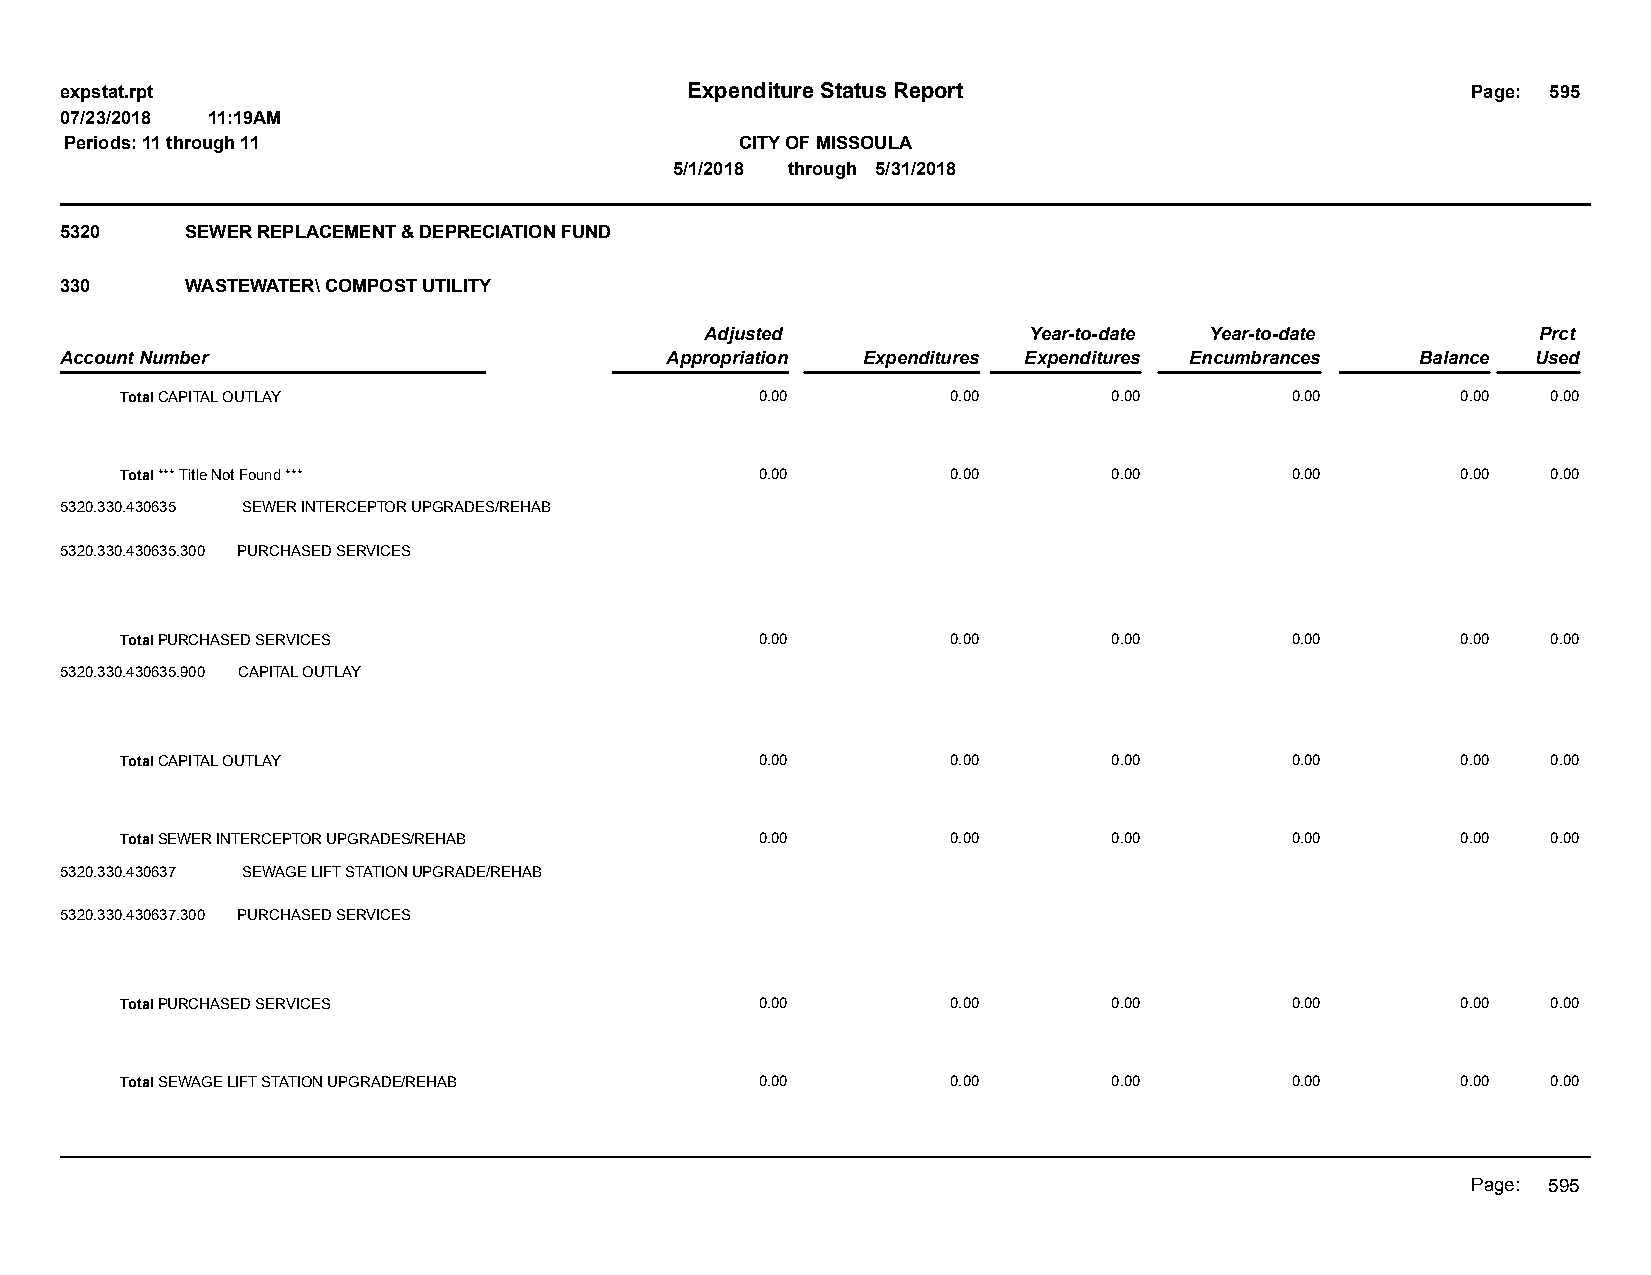
expstat.rpt                              Expenditure Status Report                           Page: 595
 07/23/2018 11:19AM
 Periods: 11 through 11                       CITY OF MISSOULA
 5/1/2018 through 5/31/2018
 5320    SEWER REPLACEMENT & DEPRECIATION FUND
 330     WASTEWATER\ COMPOST UTILITY
 Adjusted             Year-to-date Year-to-date         Prct
 Account Number                          Appropriation Expenditures Expenditures Encumbrances Balance Used
 Total CAPITAL OUTLAY                      0.00         0.00       0.00       0.00        0.00  0.00
 Total *** Title Not Found ***             0.00         0.00       0.00       0.00        0.00  0.00
 5320.330.430635 SEWER INTERCEPTOR UPGRADES/REHAB
 5320.330.430635.300 PURCHASED SERVICES
 Total PURCHASED SERVICES                  0.00         0.00       0.00       0.00        0.00  0.00
 5320.330.430635.900 CAPITAL OUTLAY
 Total CAPITAL OUTLAY                      0.00         0.00       0.00       0.00        0.00  0.00
 Total SEWER INTERCEPTOR UPGRADES/REHAB    0.00         0.00       0.00       0.00        0.00  0.00
 5320.330.430637 SEWAGE LIFT STATION UPGRADE/REHAB
 5320.330.430637.300 PURCHASED SERVICES
 Total PURCHASED SERVICES                  0.00         0.00       0.00       0.00        0.00  0.00
 Total SEWAGE LIFT STATION UPGRADE/REHAB   0.00         0.00       0.00       0.00        0.00  0.00
 Page: 595